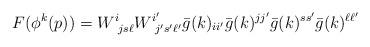
LaTeX: \begin{align*} F(\phi^k(p))= W^i_{\ js\ell} W^{i'}_{\ j's'\ell'} \bar g(k)_{ii'} \bar g(k)^{jj'}\bar g(k)^{ss'}\bar g(k)^{\ell\ell'} \end{align*}